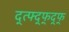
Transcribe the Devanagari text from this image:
द्त्फ्द्फ्द्फ्